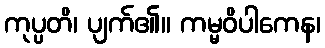
ကုပ္ပတိ၊ ပျက်၏။ ကမ္မဝိပါကေန၊